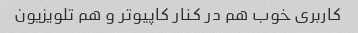
کاربری خوب هم در کنار کاپیوتر و هم تلویزیون